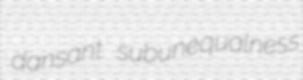
dansant subunequalness